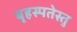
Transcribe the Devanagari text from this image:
बृहस्पतेस्तु